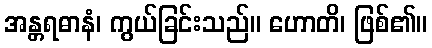
အန္တရဓာနံ၊ ကွယ်ခြင်းသည်။ ဟောတိ၊ ဖြစ်၏။